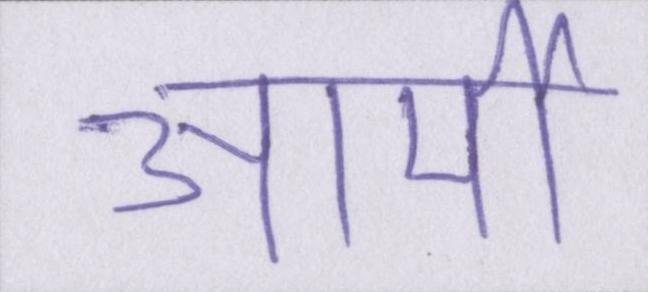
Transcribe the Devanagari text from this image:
आर्मी